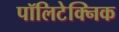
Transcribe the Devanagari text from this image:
पॉलिटेक्‍निक